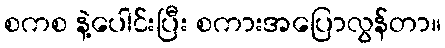
စကစ နဲ့ပေါင်းပြီး စကားအပြောလွန်တာ။